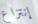
إنتزاع